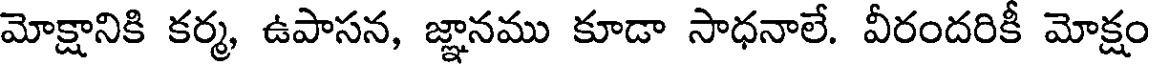
మోక్షానికి కర్మ, ఉపాసన, జ్ఞానము కూడా సాధనాలే. వీరందరికీ మోక్షం